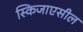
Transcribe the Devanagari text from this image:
स्किजाएसील